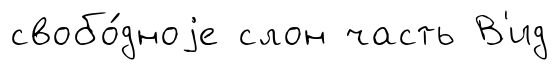
свобо́дноjе слон часть В'ид